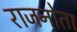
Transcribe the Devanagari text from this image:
राजनोता